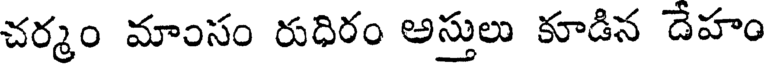
చర్మం మాంసం రుధిరం అస్తులు కూడిన దేహం